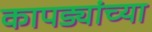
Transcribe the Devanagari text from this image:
कापड्यांच्या